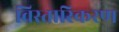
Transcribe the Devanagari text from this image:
विस्तारिकरण